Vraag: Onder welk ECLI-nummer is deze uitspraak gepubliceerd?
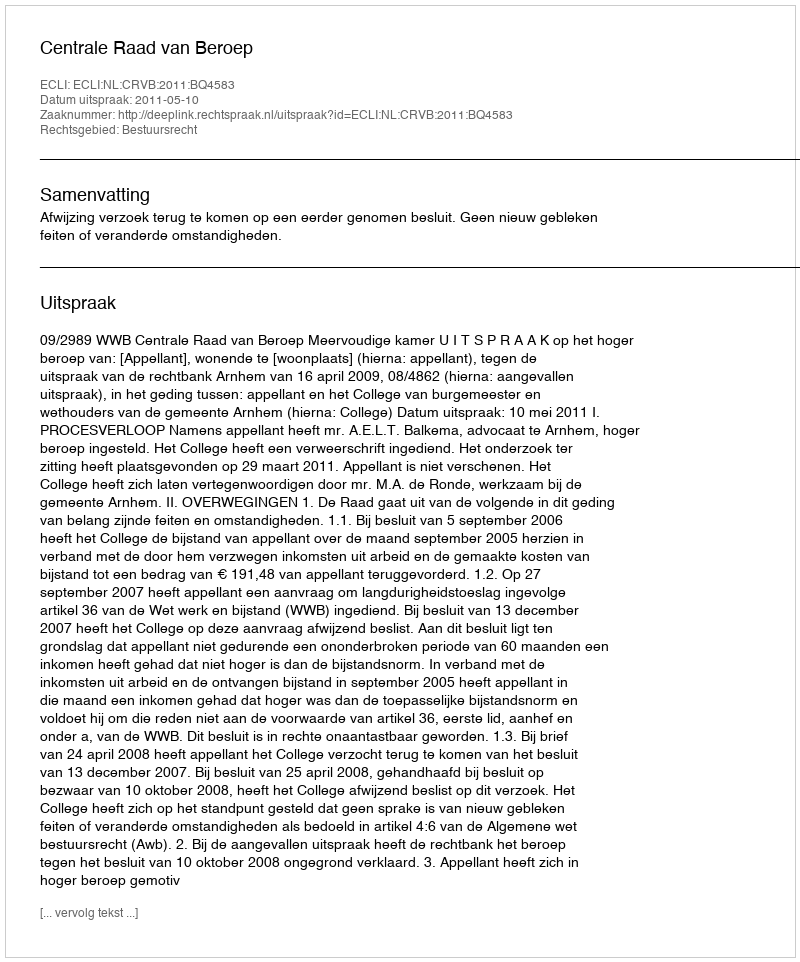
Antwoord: ECLI:NL:CRVB:2011:BQ4583